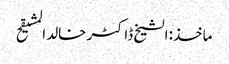
ماخذ: الشیخ ڈاکٹر خالد المشیقح